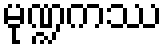
မုဏ္ဍကဿ